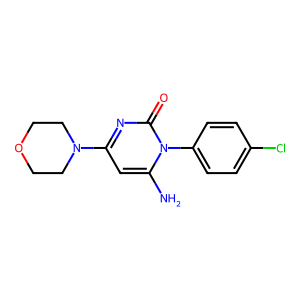
SMILES: Nc1cc(N2CCOCC2)nc(=O)n1-c1ccc(Cl)cc1
Inhibits HIV replication: No